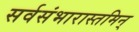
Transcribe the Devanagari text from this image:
सर्वसंभारास्तमिन्‌